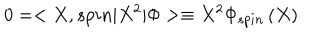
0 = < X , s p i n | X ^ { 2 } | \Phi > \equiv X ^ { 2 } \Phi _ { s p i n } \left( X \right)